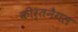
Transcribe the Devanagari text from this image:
कीर्तनैगल